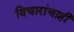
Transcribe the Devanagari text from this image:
विचारांचाही